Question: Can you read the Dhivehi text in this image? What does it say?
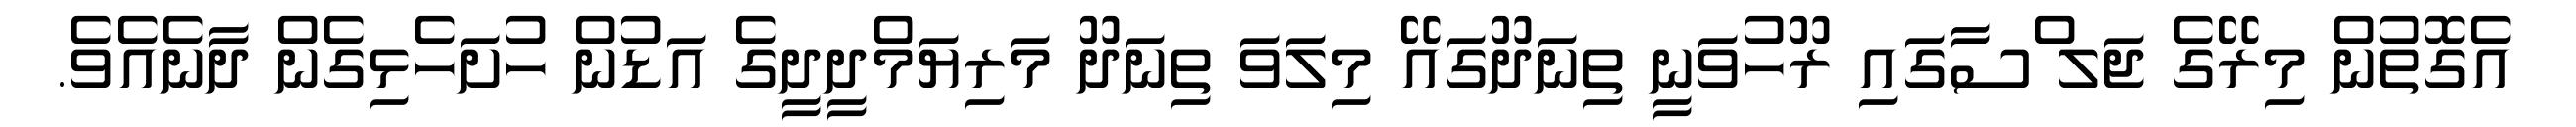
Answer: އެގޮތުން މިރޭގެ ޖަލ ްސާގައި ރޫހުވަނީ ތިނަދޫގައޭ މިލަވަ ތިނަދޫ މަރިޔަމްދީދީގެ އަޑުން ހުށަހެޅިގެން ދާނެއެވެ.